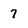
Character: 7